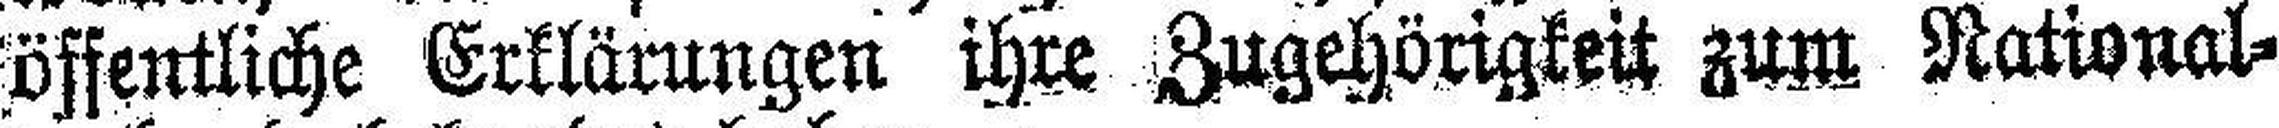
öffentliche Erklärungen ihre Zugehörigkeit zum National¬